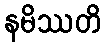
နမိဿတိ